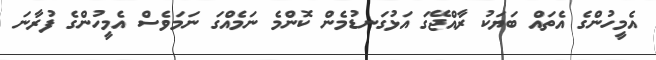
އެމީހުންގެ އެތައް ބަޔަކު ރާއްޖޭގަ އަޅުގަނޑުމެން ކޮންމެ ނަމެއްގަ ނަމަވެސް އެމީހުންގެ ފުރާނަ